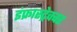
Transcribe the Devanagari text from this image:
इंफ्रास्ट्रेक्चर